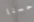
حسنا